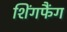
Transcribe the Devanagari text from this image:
शिंगफैंग